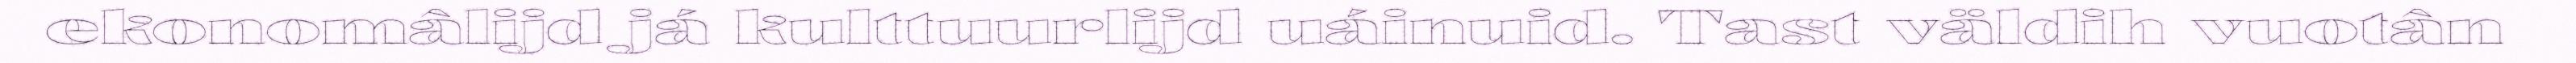
ekonomâlijd já kulttuurlijd uáinuid. Tast väldih vuotân